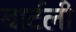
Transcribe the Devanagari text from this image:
बार्टली